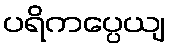
ပရိကပ္ပေယျ